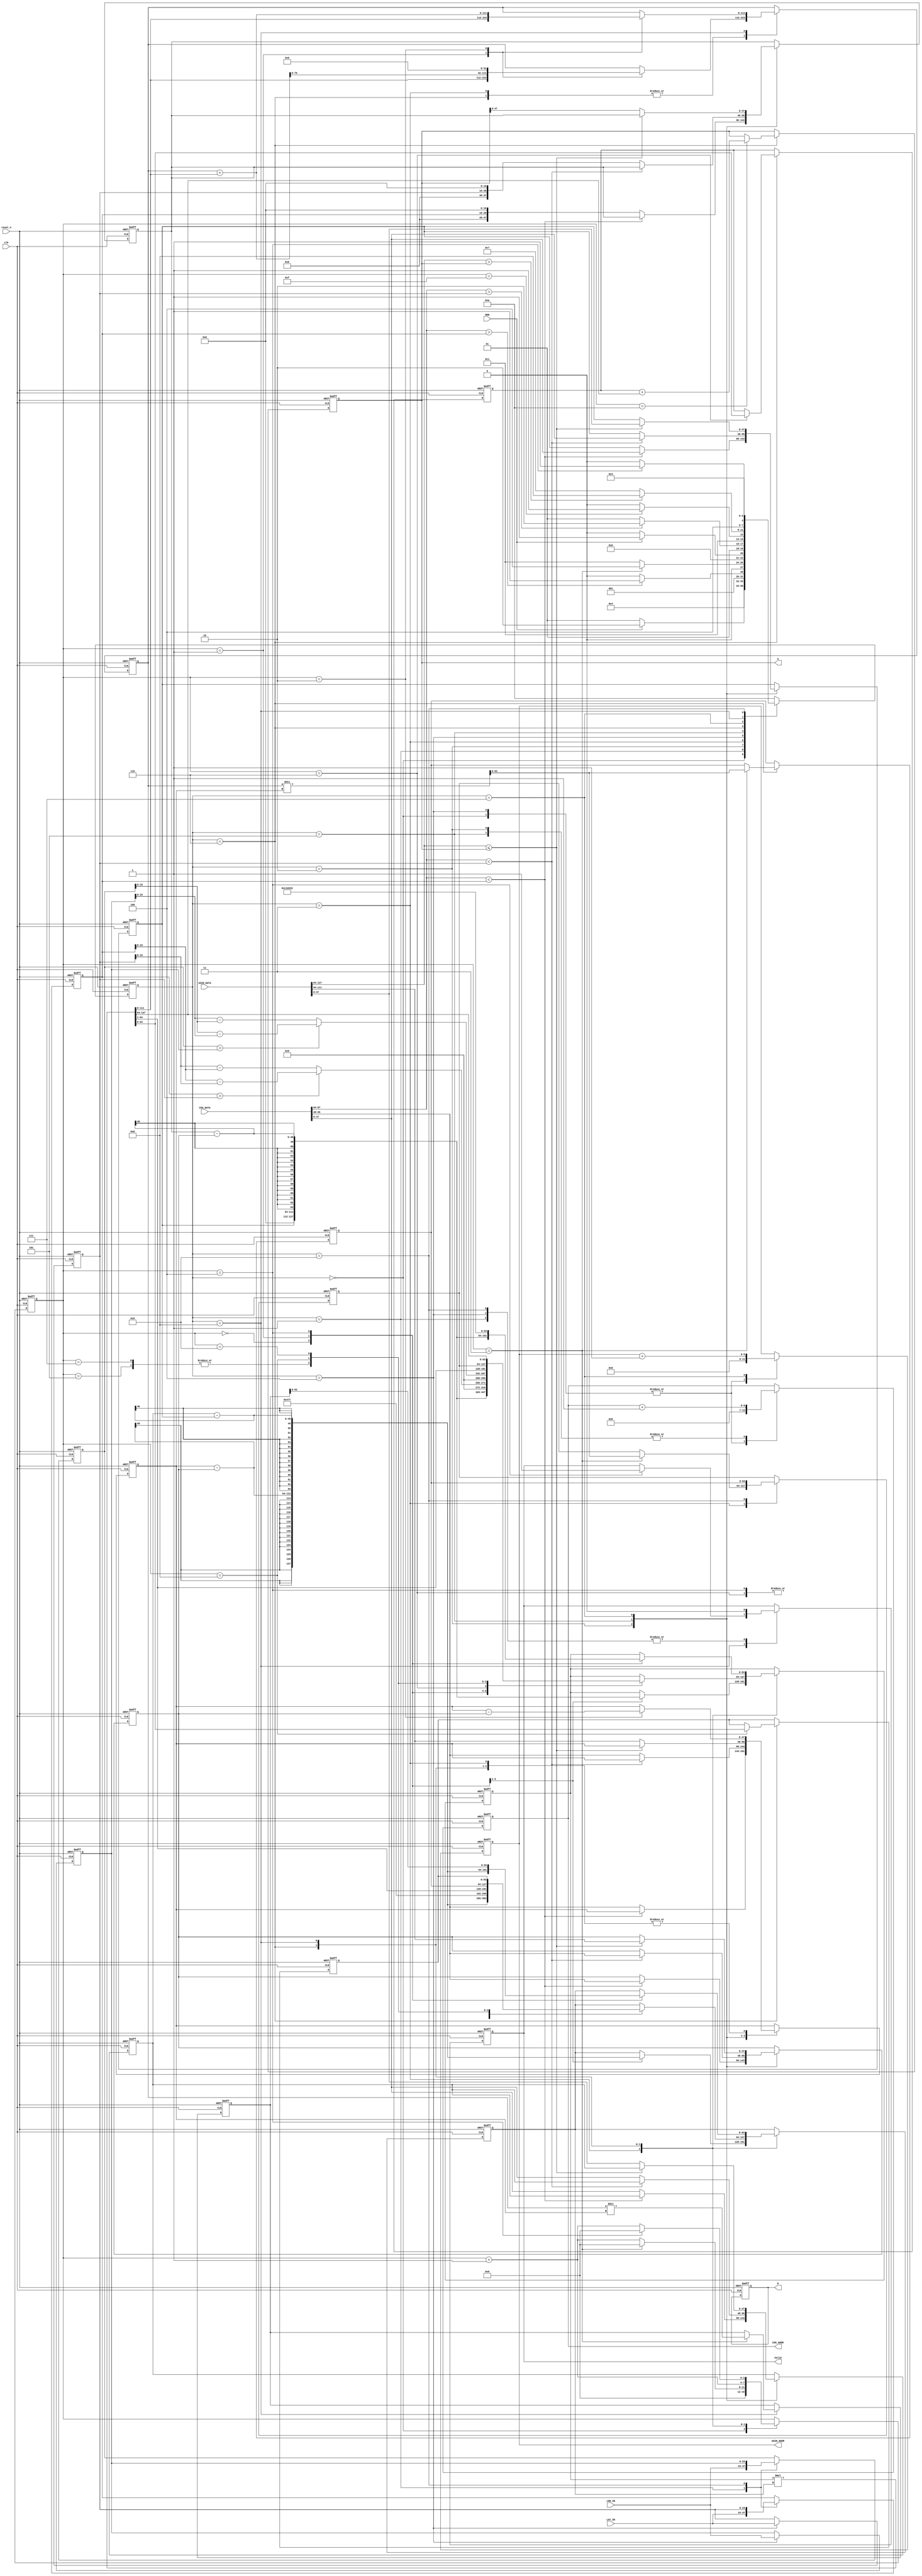
module GPSDC(clk, reset_n, DEN, LON_IN, LAT_IN, COS_ADDR, COS_DATA, ASIN_ADDR, ASIN_DATA, Valid, a, D);
input               clk;
input               reset_n;
input               DEN;
input       [23:0]  LON_IN;
input       [23:0]  LAT_IN;
input       [95:0]  COS_DATA;
output reg  [6:0]   COS_ADDR;
input       [127:0] ASIN_DATA;
output reg  [5:0]   ASIN_ADDR;
output reg          Valid;
output wire [39:0]  D;
output reg [63:0]   a;

reg [7:0] counter;
reg [3:0] current_state, next_state;
parameter   IDLE    = 4'd0,
            LOAD_A  = 4'd1,
            TABLE_A = 4'd2,
            MULTI_0 = 4'd3,
            LOAD_B  = 4'd4,
            TABLE_B = 4'd5,
            MULTI_1 = 4'd6,
            TABLE_D = 4'd7,
            MULTI_2 = 4'd8,
            OUTPUT  = 4'd9,
            END     = 4'd10;


reg [3:0] state;
reg [7:-16] LON_A, LAT_A, LON_B, LAT_B;
reg [-1:-64] a_sin2_1, a_sin2_2;
reg [-1:-128] ans_asin_D;

parameter rad = 16'h477; // 0.017453292  (0,16)
parameter   R = 32'd12756274; // 12756274  (32,0)

// Multiplier
wire [63:-64] multi_ans;
reg [31:-32] data_1, data_2;
assign multi_ans = data_1 * data_2;

wire [-1:-16] abs_LON, abs_LAT;
assign abs_LON = (LON_A > LON_B) ? LON_A - LON_B : LON_B - LON_A;
assign abs_LAT = (LAT_A > LAT_B) ? LAT_A - LAT_B : LAT_B - LAT_A;
//assign a_sin_1 = (abs_LAT * rad) >> 1;
//assign a_sin_2 = (abs_LON * rad) >> 1;
//assign a_sin2_1 = a_sin_1[-1:-32] * a_sin_1[-1:-32];  // (0,64)
//assign a_sin2_2 = a_sin_2[-1:-32] * a_sin_2[-1:-32];  // (0,64)
//assign ans_cos = ans_cos_A[-1:-64] * ans_cos_B[-1:-64];  // (0,128)
//assign ans_sin_cos = ans_cos[-1:-64] * a_sin2_2;  // (0,128)
//assign a = a_sin2_1 + ans_sin_cos;  // (0,64)
assign D = multi_ans[7:-32];  // (8,32)

reg [-1:-48] y_0,y_1,x_1,x_0,x_;
reg [-1:-64] ans_cos_A, ans_cos_B;
reg [47:-64] ans_reg;


always @(posedge clk or negedge reset_n) begin
    if(!reset_n) begin
        current_state <= IDLE;
        COS_ADDR <= 7'd0;
        ASIN_ADDR <= 6'd0;
        Valid <= 1'd0;
        D <= 40'd0;
        a <= 64'd0;
        data_1 <= 64'd0;
        data_2 <= 64'd0;
        y_0 <= 50'd0;
        y_1 <= 50'd0;
        x_1 <= 50'd0;
        x_0 <= 50'd0;
        x_  <= 50'd0;
        ans_cos_A <= 66'd0;
        ans_cos_B <= 66'd0;
        ans_reg <= 112'd0;
        state <= 4'd0;
        LON_A <= 24'd0;
        LAT_A <= 24'd0;
        LON_B <= 24'd0;
        LAT_B <= 24'd0;
        a_sin2_1 <= 66'd0; a_sin2_2 <= 66'd0;;
        ans_asin_D <= 128'd0;
    end
    else begin
        current_state <= next_state;
        case (current_state)
            IDLE: begin
                COS_ADDR <= 7'd0;
                ASIN_ADDR <= 6'd0;
                state <= 4'd0;
            end
            LOAD_A: begin
                Valid <= 1'd0;
                LON_A <= LON_IN;
                LAT_A <= LAT_IN;
            end
            TABLE_A: begin
                COS_ADDR <= COS_ADDR + 7'd1;
                if(COS_DATA[87:64] < LAT_A) begin
                    x_0 <= COS_DATA[95:48];
                    y_0 <= COS_DATA[47:0];
                end
                else begin
                    x_ <= {8'd0, LAT_A, 16'd0};
                    x_1 <= COS_DATA[95:48];
                    y_1 <= COS_DATA[47:0];
                end
            end
            MULTI_0: begin
                state <= (state == 4'd3) ? 4'd0 : state + 4'd1;
                case (state)
                    0: begin
                        //assign ans_reg = ((y_0 * (x_1 - x_0) + (x_ - x_0) * (y_1- y_0)) << 32);
                        data_1 <= y_0;
                        data_2 <= (x_1 - x_0);
                    end 
                    1: begin
                        ans_reg <= multi_ans;
                        //assign ans_reg = ((y_0 * (x_1 - x_0) + (x_ - x_0) * (y_1- y_0)) << 32);
                        data_1 <= (x_ - x_0);
                        data_2 <= (y_1 - y_0);
                    end
                    2: begin
                        ans_reg <= (ans_reg + multi_ans) << 32;
                        x_1 <= (x_1 - x_0);
                    end
                    3: begin
                        ans_cos_A <= (ans_reg / x_1);
                    end
                endcase
            end
            LOAD_B: begin
                COS_ADDR <= 7'd0;
                ASIN_ADDR <= 6'd0;
                Valid <= 1'd0;
                LON_B <= LON_IN;
                LAT_B <= LAT_IN;
            end
            TABLE_B: begin
                COS_ADDR <= COS_ADDR + 7'd1;
                if(COS_DATA[87:64] < LAT_B) begin
                    x_0 <= COS_DATA[95:48];
                    y_0 <= COS_DATA[47:0];
                end
                else begin
                    x_ <= {8'd0, LAT_B, 16'd0};
                    x_1 <= COS_DATA[95:48];
                    y_1 <= COS_DATA[47:0];
                end
            end 
            MULTI_1: begin
                state <= state + 4'd1;
                case (state)
                    0: begin
                        //assign ans_reg = ((y_0 * (x_1 - x_0) + (x_ - x_0) * (y_1- y_0)) << 32);
                        data_1 <= y_0;
                        data_2 <= (x_1 - x_0);
                    end 
                    1: begin
                        ans_reg <= multi_ans;
                        //assign ans_reg = ((y_0 * (x_1 - x_0) + (x_ - x_0) * (y_1- y_0)) << 32);
                        data_1 <= (x_ - x_0);
                        data_2 <= (y_1 - y_0);
                    end
                    2: begin
                        ans_reg <= (ans_reg + multi_ans) << 32;
                        x_1 <= (x_1 - x_0);
                    end
                    3: begin
                        ans_cos_B <= (ans_reg / x_1);
                    end
                    4: begin
                        //assign a_sin_1 = (abs_LAT * rad) >> 1;
                        data_1 <= abs_LAT;
                        data_2 <= rad;
                    end
                    5: begin
                        //assign a_sin_2 = (abs_LON * rad) >> 1;
                        data_1 <= multi_ans >> 1;
                        data_2 <= multi_ans >> 1;
                    end
                    6: begin
                        a_sin2_1 <= multi_ans;
                        //assign a_sin2_1 = a_sin_1[-1:-32] * a_sin_1[-1:-32];  // (0,64)
                        data_1 <= abs_LON;
                        data_2 <= rad;
                    end
                    7: begin
                        //assign a_sin2_2 = a_sin_2[-1:-32] * a_sin_2[-1:-32];  // (0,64)
                        data_1 <= multi_ans >> 1;
                        data_2 <= multi_ans >> 1;
                    end
                    8: begin
                        a_sin2_2 <= multi_ans;
                        //assign ans_cos = ans_cos_A[-1:-64] * ans_cos_B[-1:-64];  // (0,128)
                        data_1 <= ans_cos_A[-1:-64];
                        data_2 <= ans_cos_B[-1:-64];
                    end
                    9: begin
                        //assign ans_sin_cos = ans_cos[-1:-64] * a_sin2_2;  // (0,128)
                        data_1 <= multi_ans[63:0];
                        data_2 <= a_sin2_2;
                    end
                    10: begin
                        a <= a_sin2_1 + multi_ans[63:0];
                    end
                endcase
            end
            TABLE_D: begin
                ASIN_ADDR <= ASIN_ADDR + 6'd1;
                if(ASIN_DATA[127:64] <= a) begin
                    x_0 <= ASIN_DATA[127:64];
                    y_0 <= ASIN_DATA[63:0];
                end
                else begin
                    x_ <= a;
                    x_1 <= ASIN_DATA[127:64];
                    y_1 <= ASIN_DATA[63:0];
                end
            end
            MULTI_2: begin
                state <= (state == 4'd4) ? 4'd0 : state + 4'd1;
                case (state)
                    0: begin
                        //assign ans_reg = ((y_0 * (x_1 - x_0) + (x_ - x_0) * (y_1- y_0)) << 32);
                        data_1 <= y_0;
                        data_2 <= (x_1 - x_0);
                    end 
                    1: begin
                        ans_reg <= multi_ans;
                        //assign ans_reg = ((y_0 * (x_1 - x_0) + (x_ - x_0) * (y_1- y_0)) << 32);
                        data_1 <= (x_ - x_0);
                        data_2 <= (y_1 - y_0);
                    end
                    2: begin
                        ans_reg <= (ans_reg + multi_ans);
                        x_1 <= (x_1 - x_0);
                    end
                    3: begin
                        ans_asin_D <= (ans_reg / x_1);  
                    end
                    4: begin
                        Valid <= 1'd1;
                        //assign D_result = R * ans_asin_D[-1:-64];  // (32, 64)
                        data_1 <= R;
                        data_2 <= ans_asin_D[-65:-128];  // 修正除法位移
                    end  
                endcase
            end
            OUTPUT: begin
                Valid <= 1'd0;
                LON_A <= LON_B;
                LAT_A <= LAT_B;
                ans_cos_A <= ans_cos_B;
            end  
        endcase
    end
end

always @(*) begin
    case (current_state)
        IDLE: next_state = LOAD_A;
        LOAD_A: next_state = (DEN == 1'd1) ? TABLE_A : LOAD_A;
        TABLE_A: begin
            if(COS_DATA[87:64] > LAT_A)
                next_state = MULTI_0;
            else
                next_state = TABLE_A;
        end 
        MULTI_0: begin
            if(state == 4'd3)
                next_state = LOAD_B;
            else
                next_state = MULTI_0;
        end
        LOAD_B: next_state = (DEN == 1'd1) ? TABLE_B : LOAD_B;
        TABLE_B: begin
            if(COS_DATA[87:64] > LAT_B)
                next_state = MULTI_1;
            else
                next_state = TABLE_B;
        end
        MULTI_1: begin
            if(state == 4'd15)
                next_state = TABLE_D;
            else
                next_state = MULTI_1;
        end
        TABLE_D: begin
            if(ASIN_DATA[127:64] > a)
                next_state = MULTI_2;
            else
                next_state = TABLE_D;
        end
        MULTI_2: begin
            if(state == 4'd4)
                next_state = OUTPUT;
            else
                next_state = MULTI_2;
        end
        OUTPUT: next_state = LOAD_B;
        default: next_state = END;
    endcase
end

endmodule